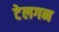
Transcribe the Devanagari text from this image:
टेलगन